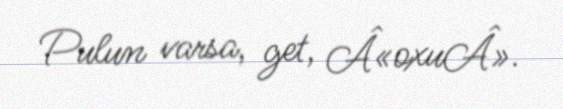
Pulun varsa, get, Â«oxuÂ».